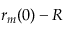
r _ { m } ( 0 ) - R